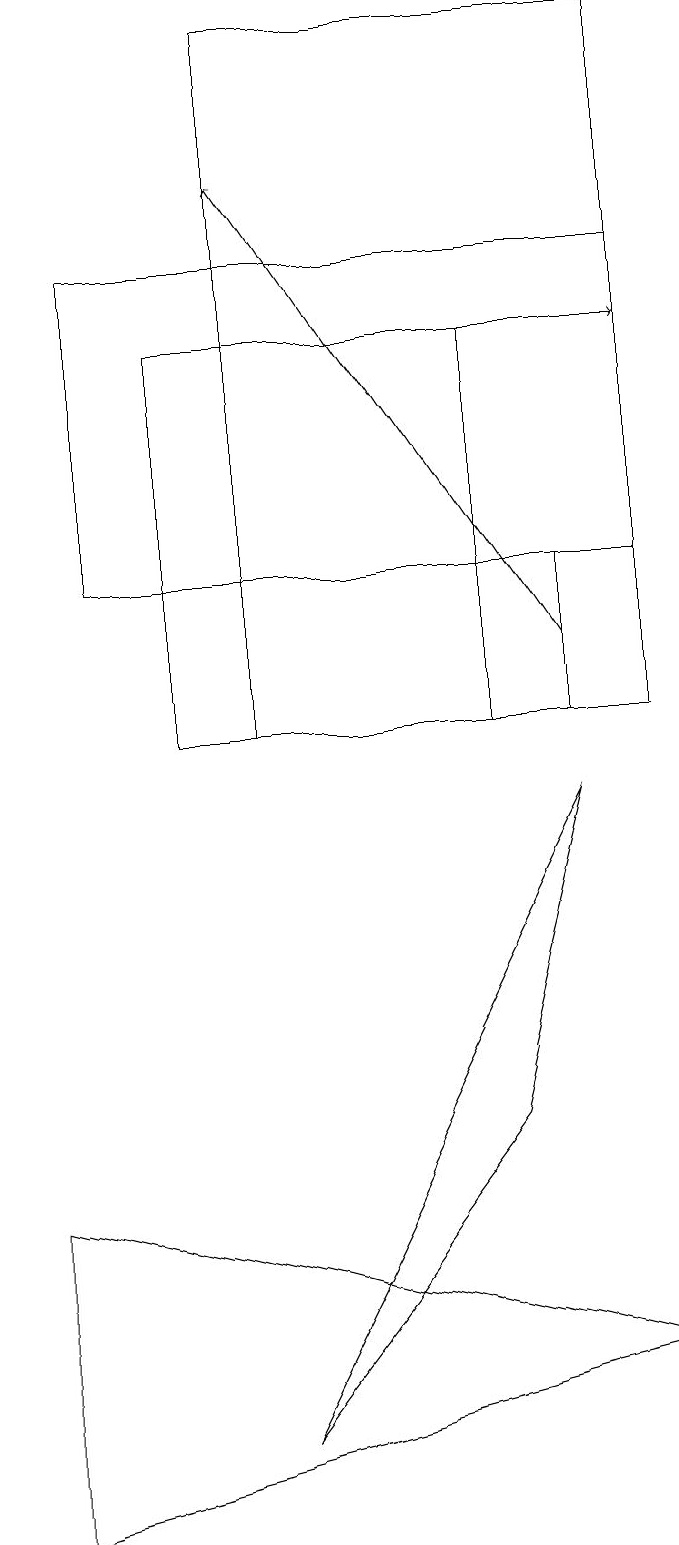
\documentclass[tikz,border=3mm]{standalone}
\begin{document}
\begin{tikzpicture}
\draw (7,10) rectangle (3,15);
\draw (1,4) -- (9,2) -- (1,0) -- cycle;
\draw[->] (3,15) -- (9,15);
\draw (9,10) rectangle (4,19);
\draw[->] (8,11) -- (4,17);
\draw (8,9) -- (4,1) -- (7,5) -- cycle;
\draw (8,10) rectangle (9,12);
\draw (9,16) rectangle (2,12);
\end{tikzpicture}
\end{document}